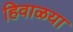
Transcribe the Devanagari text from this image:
हिवाळया